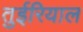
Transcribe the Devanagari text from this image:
तुईरियाल